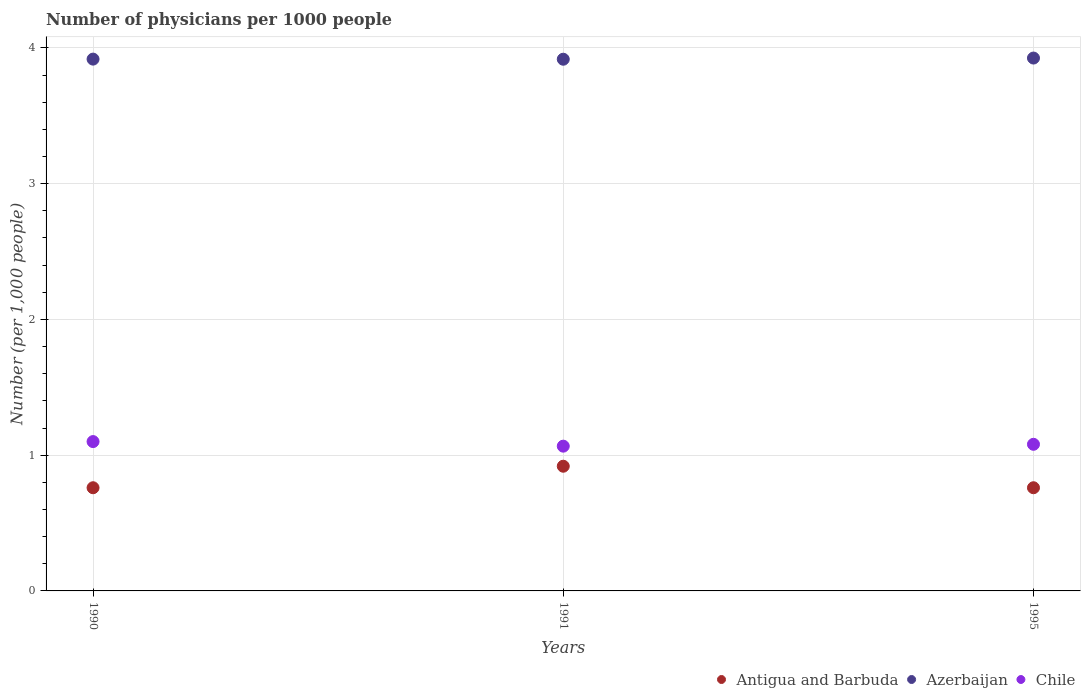
| Years | Antigua and Barbuda | Azerbaijan | Chile |
 | --- | --- | --- | --- |
 | 1990 | 0.76 | 3.92 | 1.1 |
 | 1991 | 0.919 | 3.92 | 1.07 |
 | 1995 | 0.76 | 3.92 | 1.08 |